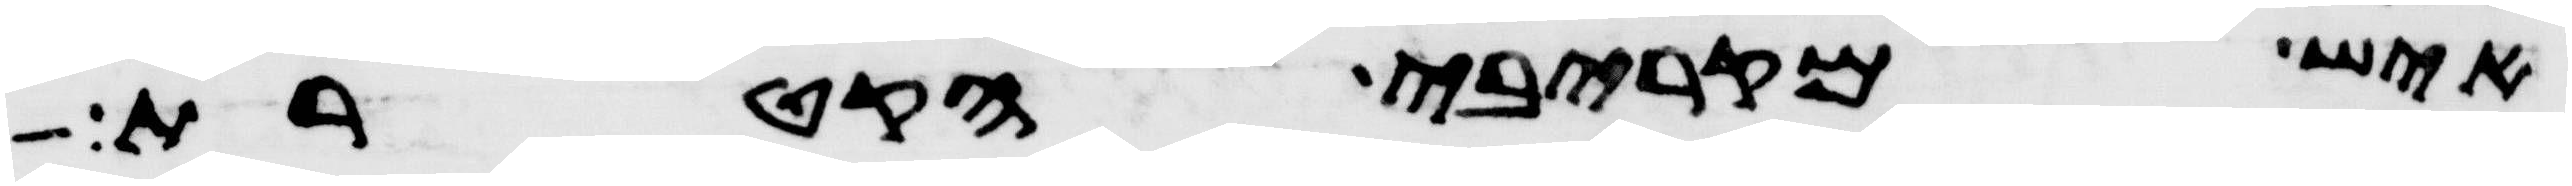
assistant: איש מקרבי הקטרת